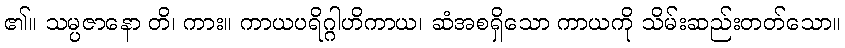
၏။ သမ္ပဇာနော တိ၊ ကား။ ကာယပရိဂ္ဂါဟိကာယ၊ ဆံအစရှိသော ကာယကို သိမ်းဆည်းတတ်သော။